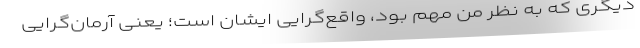
دیگری که به نظر من مهم بود، واقع‌گرایی ایشان است؛ یعنی آرمان‌گرایی